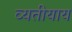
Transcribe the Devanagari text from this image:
व्यतीयाय